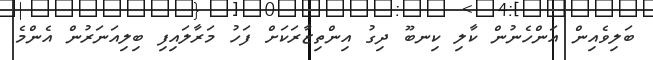
ބަލިވެއިން އަންހެނުން ކާލި ކިނބޫ ދިގު އިންތިޒާރަކަށް ފަހު މަރާލައިފި ބިލިއަނަރުން އެންމެ